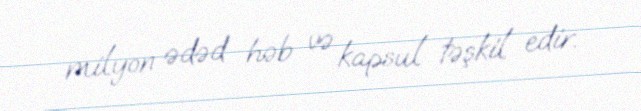
milyon ədəd həb və kapsul təşkil edir.